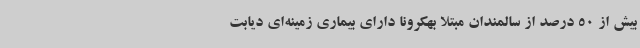
بیش از 50 درصد از سالمندان مبتلا بهکرونا دارای بیماری زمینه‌ای دیابت